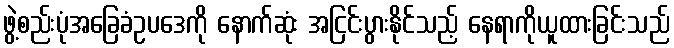
ဖွဲ့စည်းပုံအခြေခံဥပဒေကို နောက်ဆုံး အငြင်းပွားနိုင်သည့် နေရာကိုယူထားခြင်းသည်